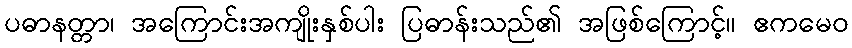
ပဓာနတ္တာ၊ အကြောင်းအကျိုးနှစ်ပါး ပြဓာန်းသည်၏ အဖြစ်ကြောင့်။ ဧကမေဝ